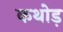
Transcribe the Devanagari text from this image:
कथोड़